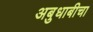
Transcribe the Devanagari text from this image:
अबुधाबीचा